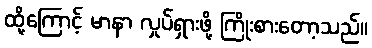
ထို့ကြောင့် မာနာ လှုပ်ရှားဖို့ ကြိုးစားတော့သည်။